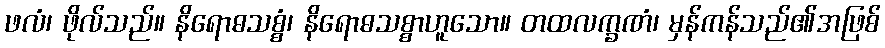
ဖလံ၊ ဖိုလ်သည်။ နိရောဓသစ္စံ၊ နိရောဓသစ္စာဟူသော။ တထလက္ခဏံ၊ မှန်ကန်သည်၏အဖြစ်